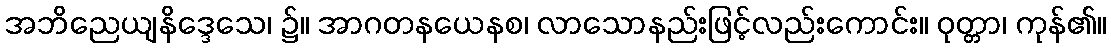
အဘိညေယျနိဒ္ဒေသေ၊ ၌။ အာဂတနယေနစ၊ လာသောနည်းဖြင့်လည်းကောင်း။ ဝုတ္တာ၊ ကုန်၏။